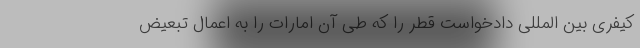
کیفری بین المللی دادخواست قطر را که طی آن امارات را به اعمال تبعیض